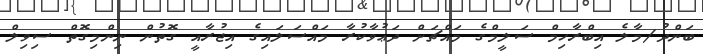
ބަންދު/މާލެ އިބްރާހިމް ސަލީމްގެ މައްޗަށް ދަޢުވާކުރާ މައްސަލައިގެ އިޖުރާއީ ގޮތުން ނިންމިގޮތް ސިވިލް